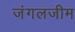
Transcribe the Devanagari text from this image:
जंगलजीम